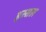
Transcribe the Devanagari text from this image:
इस्सल